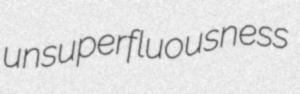
unsuperfluousness